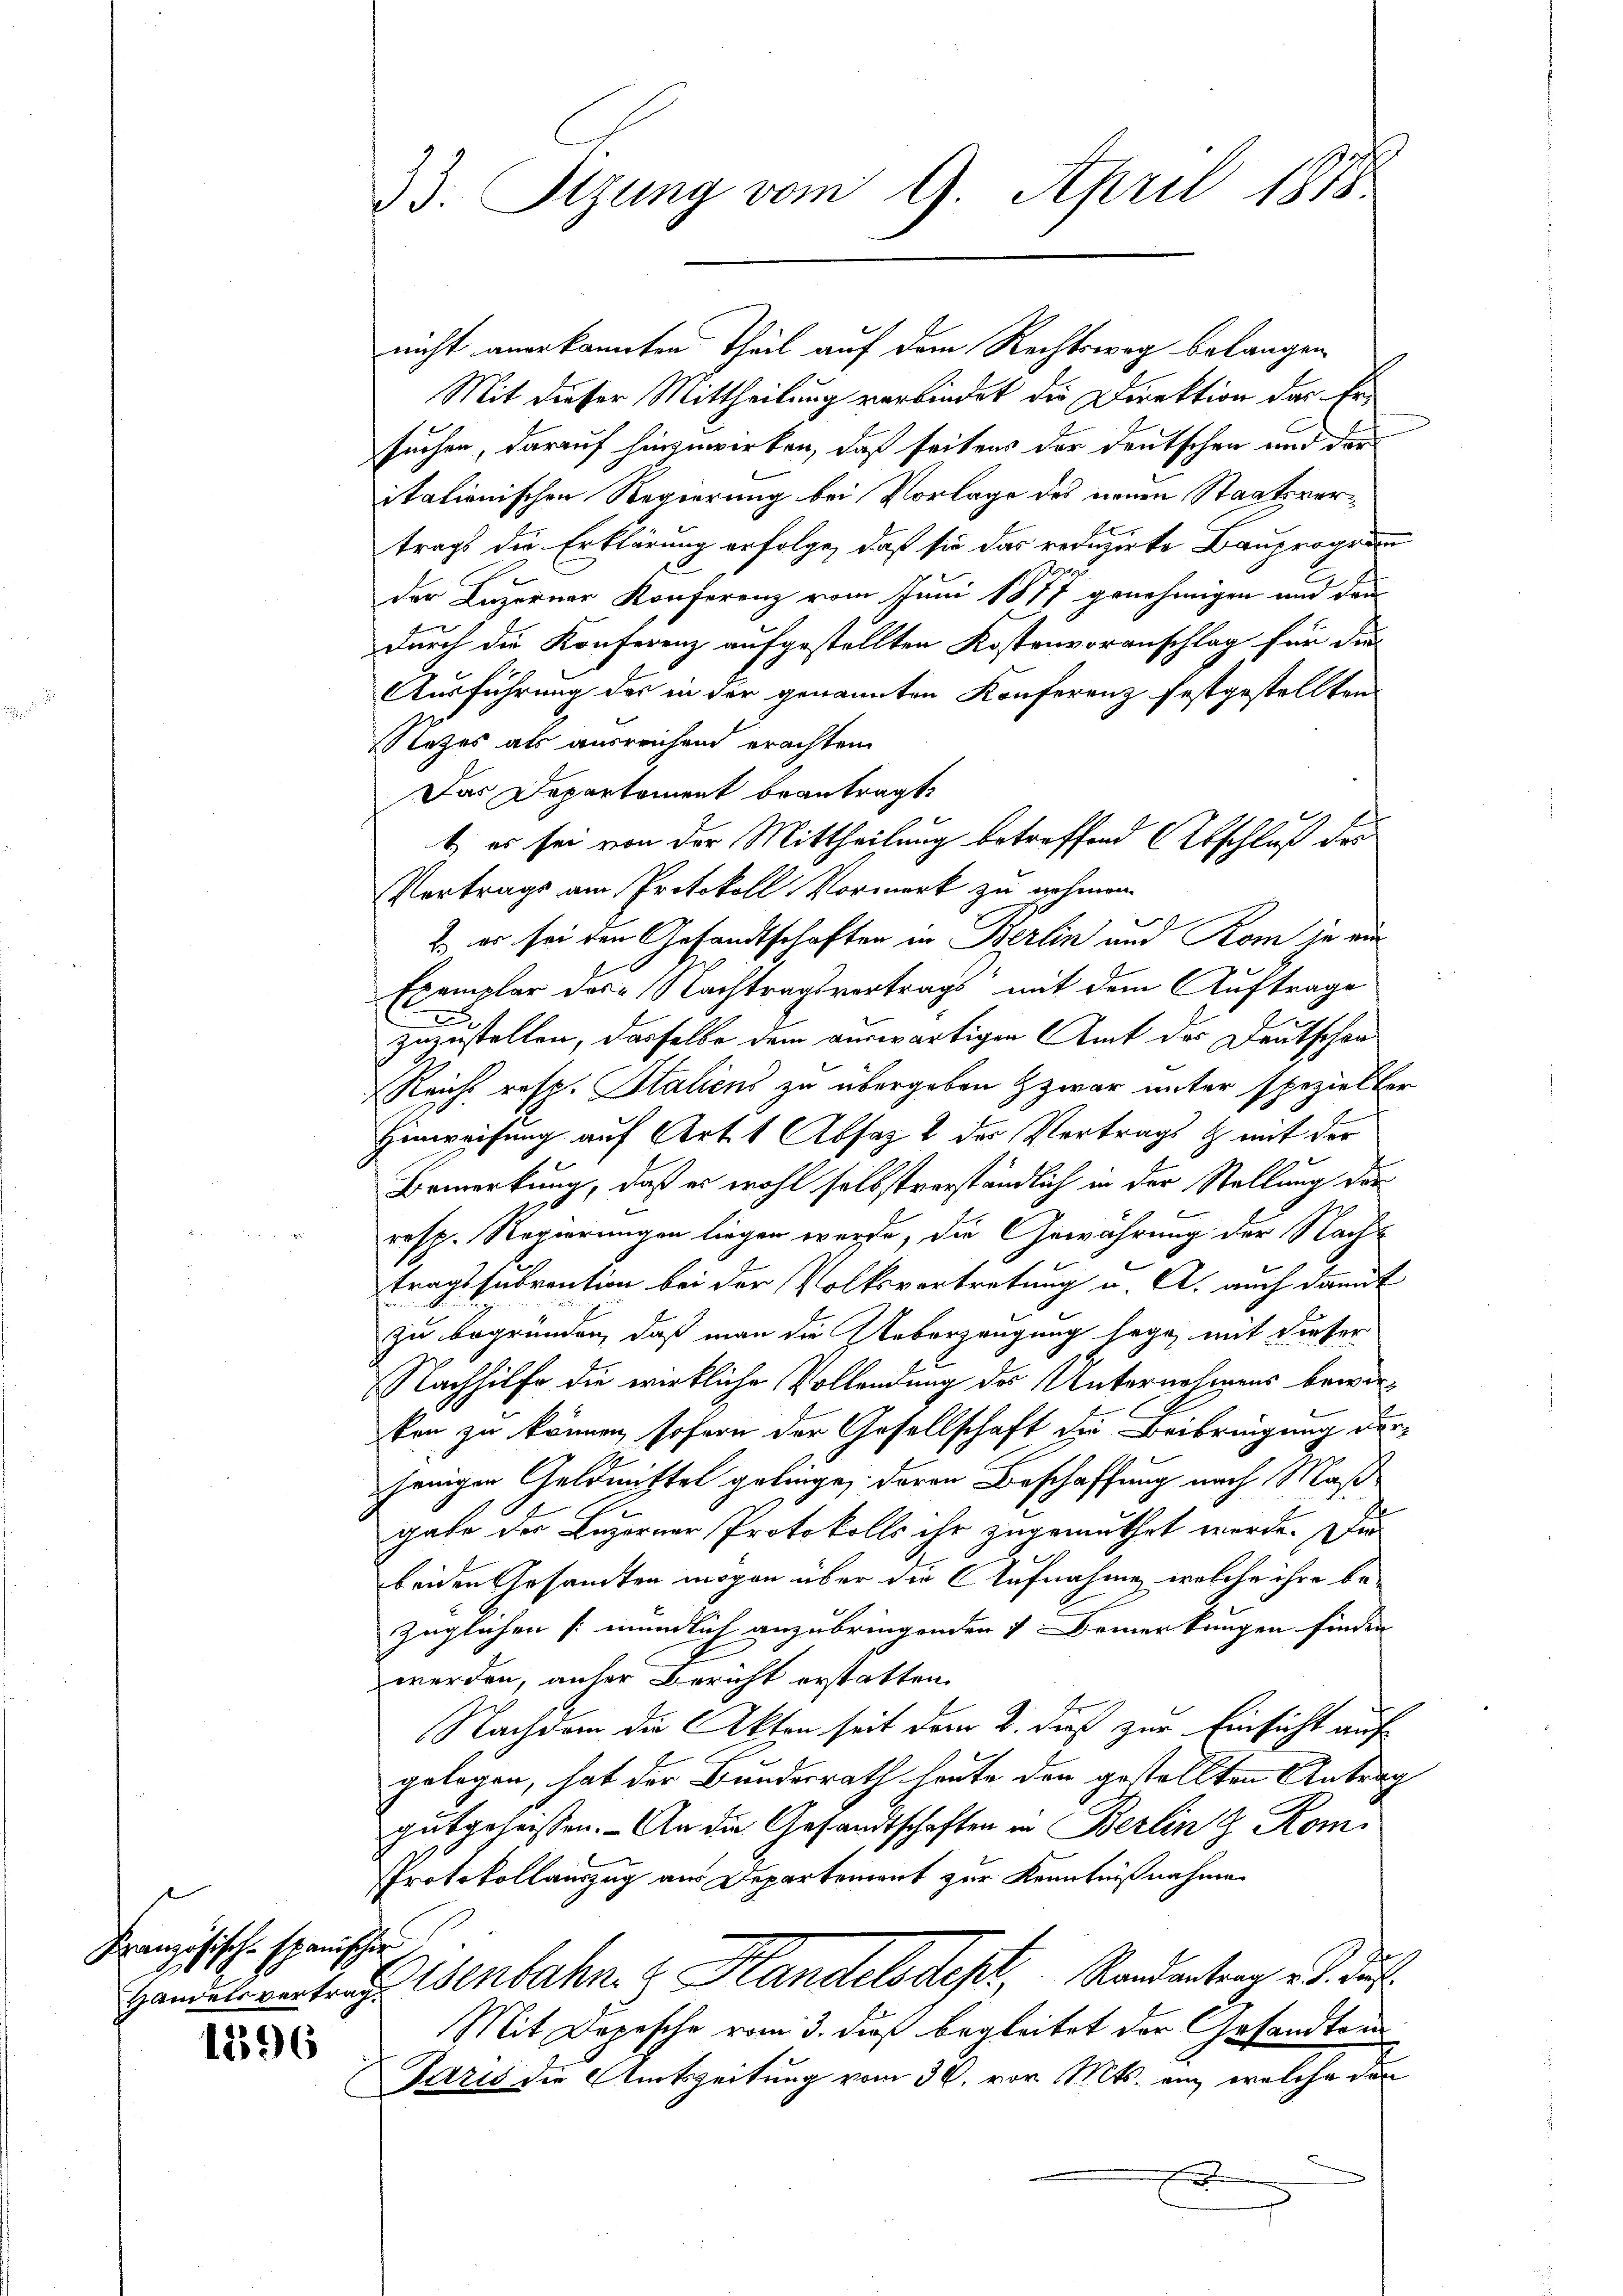
Französische spanischen

1396

33. Sitzung vom 9. April 1818.

nicht anerkannten Theil auf dem Rechtsweg belangen
Mit dieser Mittheilung verbindet die Direktion das Ersuchen, darauf hinzuwirken, daß seitens der Deutschen und der
itationischen Regierung bei Vorlage des neuen Staatsvertrags die Erklärung erfolge, daß sie das reduzirte Bauprogram
der Luzerner Konferenz vom Juni 1877 genehmigen und dann
durch die Konferenz aufgestellten Kostenvoranschlag für die
Ausführung des in der genannten Konferenz festgestellten
Nezes als ausreichend erachten
Das Departement beantragt,
t es sei von der Mittheilung betreffend Abschluß des
Vertrags am Protokoll Vormerk zu nehmen.
2. er sei den Gesandtschaften in Berlin und Rom sie aus
Exemplar des Nachtragsvertrags mit dem Auftrage
zuzustellen, dasselbe dem auswärtigen Amt der Deutschen
Reicht resp. Italiens zu übergeben zwar unter spezielter
Hinweisung auf Art. 1 Absaz 2 der Vertragst mit der
Bemerkung, daß es wohl selbstverständlich in der Stellung der
resp. Regierungen liegen werde, die Gewährung der Nach-
tragssubvention bei der Volksvertretung u. A. auch damit
zu begründen, daß man die Ueberzeugung sage, mit dieser
Nachhilfe die wirkliche Vollendung des Unternehmens bewerken zu können, sofern der Gesellschaft die Beibringung derjenigen Geldmittel gelange, deren Beschaffung nach Maßgabe der Luzerner Protokolls ihr zugemuthet werde. Die
beiden Gesandten mögen über die Aufnahmen, welche ihre bezüglichen [mündlich anzubringenden 7 Bemerkungen finden |
werden, anher Bericht erstatten.
Nachdem die Akten seit dem 2. dieß zur Einsicht auf
gelegen, hat der Bundesrath heute den gestellten Antrag
gutgeheissen. - An die Gesandtschaften in Berlin z. Kom¬
PProtokollauszug aus Departemont zur Kenntnißnahmen
Handelsvertragenbahn z. Handelsdept, Randantrag v. d. Js.
Mit Depesche vom 3. dieß begleitet der Gesandten
Paris die Amtszeitung vom 30. vor. Mts. ein, welche den
F